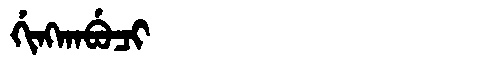
Manchu: ᡤᡳᠩᡴᠠᠪᡠᠴᡳ
Romanization: GINGKABUCI